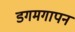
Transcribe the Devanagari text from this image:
डगमगापन